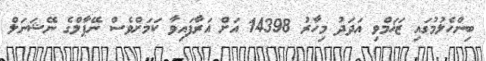
ބިންހެލުމުގައި ޒަޚަމްވި އަދަދު މިހާރު 14398 އަށް އަރާފައިވާ ކަމަށްވެސް ނޭޕާލްގެ ނޭޝަނަލް